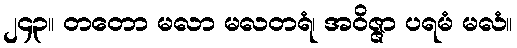
၂၄၃။ တတော မလာ မလတရံ၊ အဝိဇ္ဇာ ပရမံ မလံ။